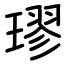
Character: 璆